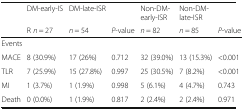
| <ROWSPAN=2>  | DM-early-IS | DM-late-ISR |  | Non-DM-early-ISR | Non-DM-late-ISR |  |
 | R n = 27 | n = 54 | P-value | n = 82 | n = 85 | P-value |
 | --- | --- | --- | --- | --- | --- | --- |
 | <COLSPAN=7> Events |
 | MACE | 8 (30.9%) | 17 (26%) | 0.712 | 32 (39.0%) | 13 (15.3%) | <0.001 |
 | TLR | 7 (25.9%) | 15 (27.8%) | 0.997 | 25 (30.5%) | 7 (8.2%) | <0.001 |
 | MI | 1 (3.7%) | 1 (1.9%) | 0.998 | 5 (6.1%) | 4 (4.7%) | 0.743 |
 | Death | 0 (0.0%) | 1 (1.9%) | 0.817 | 2 (2.4%) | 2 (2.4%) | 0.971 |